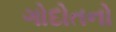
ગોદોતનો